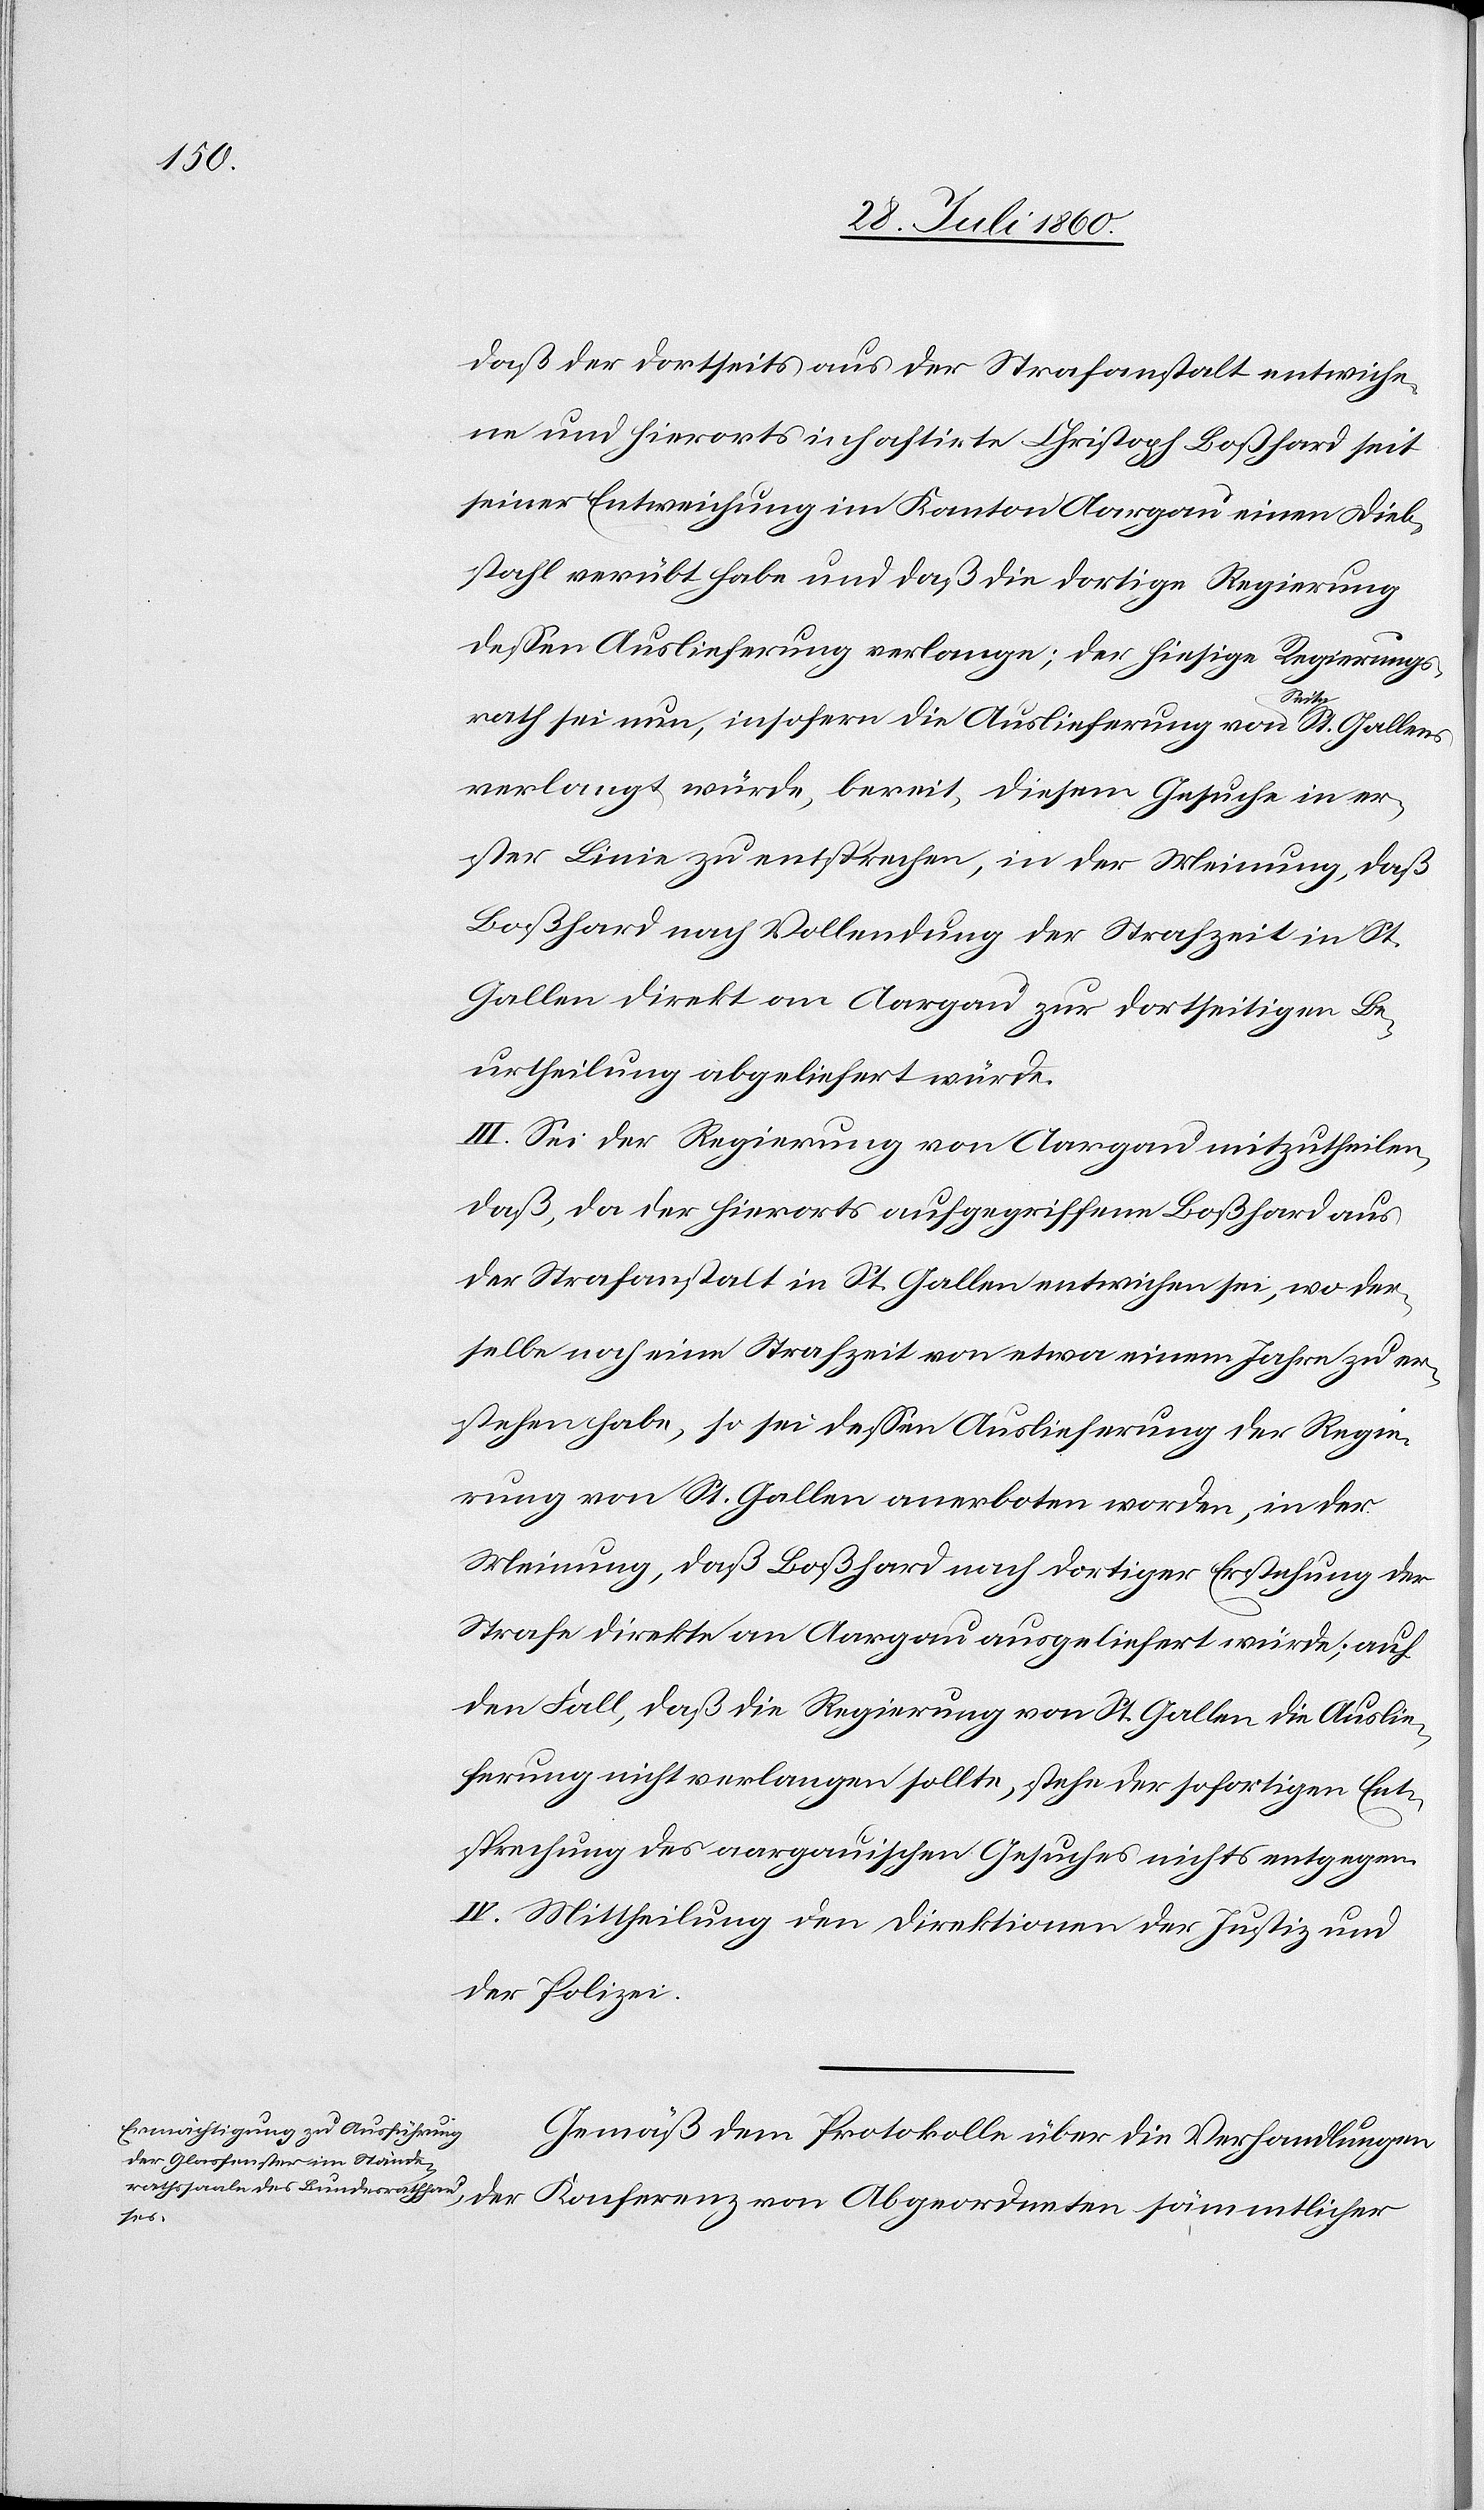
dass der dortseits aus der Strafanstalt entwiche¬
ne und hierorts inhaftirte Christoph Bosshard seit
seiner Entweichung im Kanton Aargau einen Dieb¬
stal verübt habe und dass die dortige Regierung
dessen Auslieferung verlange; der hiesige Regierungs¬
rath sei nun, insofern die Auslieferung von Seite St. Gallens
verlangt würde, bereit, diesem Gesuche in er¬
ster Linie zu entsprechen, in der Meinung, dass
Bosshard nach Vollendung der Strafzeit in St.
Gallen direkt an Aargau zur dortseitigen Be¬
urtheilung abgeliefert würde.
III. Sei der Regierung von Aargau mitzutheilen,
dass, da der hierorts aufgegriffene Bosshard aus
der Strafanstalt in St. Gallen entwichen sei, wo der¬
selbe noch eine Strafzeit von etwa einem Jahre zu er¬
stehen habe, so sei dessen Auslieferung der Regie¬
rung von St. Gallen anerboten worden, in der
Meinung, dass Bosshard nach dortiger Erstehung der
Strafe direkte an Aargau ausgeliefert würde, auf
den Fall, dass die Regierung von St. Gallen die Auslie¬
ferung nicht verlangen sollte, stehe der sofortigen Ent¬
sprechung des Aargauischen Gesuches nichts entgegen.
IV. Mittheilung der Direktionen der Justiz und
Gemäß dem Protokolle über die Verhandlungen
der